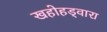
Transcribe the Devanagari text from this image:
खहोहड्वारा